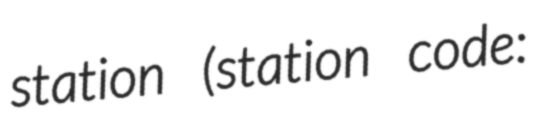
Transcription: station (station code: